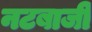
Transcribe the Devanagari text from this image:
नटबाजी